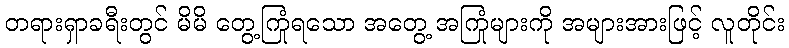
တရားရှာခရီးတွင် မိမိ တွေ့ကြုံရသော အတွေ့ အကြုံများကို အများအားဖြင့် လူတိုင်း